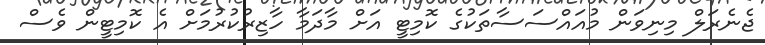
ޖެނެރަލް މިނިވަން މުއައްސަސާތަކުގެ ކޮމިޓީ އަށް މާދަމާ ހާޒިރުކުރުމަށް އެ ކޮމިޓީން ވެސް